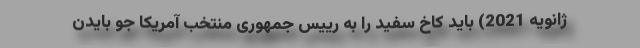
ژانویه 2021) باید کاخ سفید را به رییس جمهوری منتخب آمریکا جو بایدن